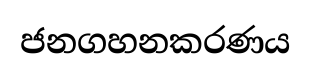
ජනගහනකරණය